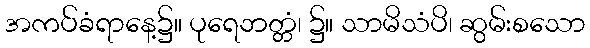
အကပ်ခံရာနေ့၌။ ပုရေဘတ္တံ၊ ၌။ သာမိသံပိ၊ ဆွမ်းစသော